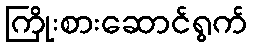
ကြိုးစားဆောင်ရွက်